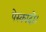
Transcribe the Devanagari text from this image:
पेस्कादो।